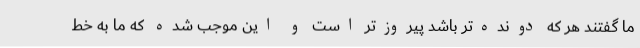
ما گفتند هر که دونده‌تر باشد پیروزتر است و این موجب شده که ما به خط